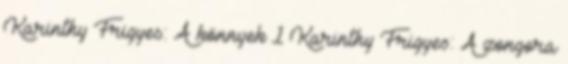
Karinthy Frigyes: A könnyek 1 Karinthy Frigyes: A zongora